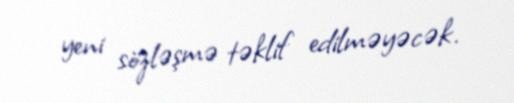
yeni sözləşmə təklif edilməyəcək.